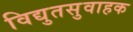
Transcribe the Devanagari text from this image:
विद्युतसुवाहक